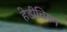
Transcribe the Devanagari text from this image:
हेडीचियम